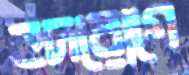
হদরোগে